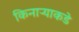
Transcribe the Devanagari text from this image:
किनाऱ्याकडे